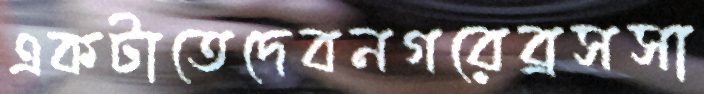
একটাতেদেবনগরেব্রসসা